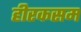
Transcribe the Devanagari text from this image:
हीरकसम